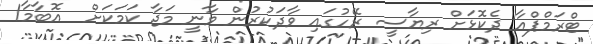
ޓްރަމްޕްއާ ދެކޮޅަށް ރިޔާސީ ރޭހުގައި ވާދަކުރުން ވާނީ މަޖާ ކަމަކަށް  އޮބާމާ1